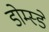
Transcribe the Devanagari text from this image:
डोम्स्डे